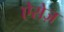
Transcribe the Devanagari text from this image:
ऐरोज़